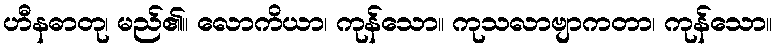
ဟီနဓာတု၊ မည်၏။ လောကိယာ၊ ကုန်သော။ ကုသလာဗျာကတာ၊ ကုန်သော။